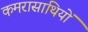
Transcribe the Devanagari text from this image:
कमरासाथियों